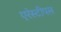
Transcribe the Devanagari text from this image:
एरेस्टीपस